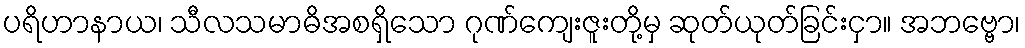
ပရိဟာနာယ၊ သီလသမာဓိအစရှိသော ဂုဏ်ကျေးဇူးတို့မှ ဆုတ်ယုတ်ခြင်းငှာ။ အဘဗ္ဗော၊